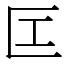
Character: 匞